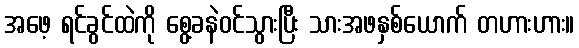
အဖေ့ ရင်ခွင်ထဲကို စွေ့ခနဲဝင်သွားပြီး သားအဖနှစ်ယောက် တဟားဟား။